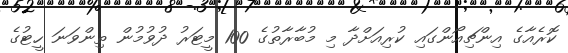
ކޮރެއާގެ އިންޗިއޯންގައި ކުރިއަށްދާ މި މުބާރާތުގެ 100 މީޓަރު ދުވުމުން ތިންވަނަ ހީޓުގެ